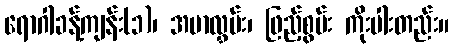
ရောဂါခန့်ကျန်း(၁)၊ အမာလွှမ်း၊ ဖြည့်စွမ်း ကိုးပါးတည်း။